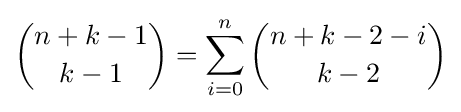
{\binom {n+k-1}{k-1}}=\sum _{i=0}^{n}{\binom {n+k-2-i}{k-2}}